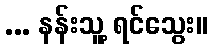
... နန်းသူ့ ရင်သွေး။